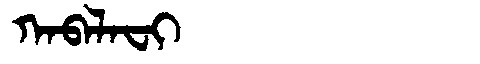
Manchu: ᡴᠠᠪᠠᠯᠠᠸᡳ
Romanization: KABALAFI